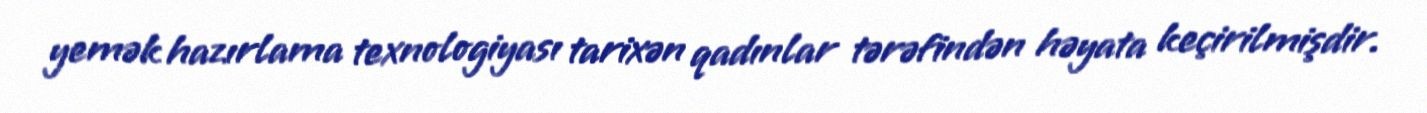
yemək hazırlama texnologiyası tarixən qadınlar tərəfindən həyata keçirilmişdir.